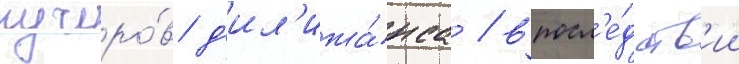
кучеро́в д'ил'ижа́нса / впосл'е́дств'ии